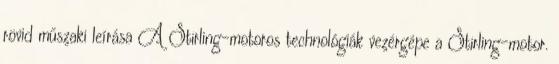
rövid műszaki leírása A Stirling-motoros technológiák vezérgépe a Stirling-motor.